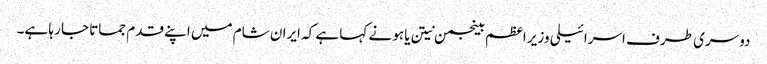
دوسری طرف اسرائیلی وزیر اعظم بینجمن نیتن یاہو نے کہا ہے کہ ایران شام میں اپنے قدم جماتا جا رہا ہے۔